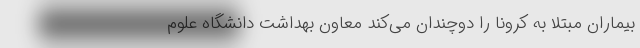
بیماران مبتلا به کرونا را دوچندان می‌کند معاون بهداشت دانشگاه علوم